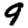
Digit: 9